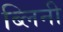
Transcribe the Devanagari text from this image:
ब्लिनी